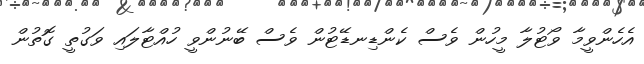
އެހެންވީމާ ވޯޓުލާ މީހުން ވެސް ކެންޑިނޑޭޓުން ވެސް ބޭނުންވީ ހުއްޓާލައި ވަގުތީ ގޮތުން